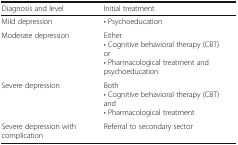
<table><thead><tr><td><b>Diagnosis and level</b></td><td><b>Initial treatment</b></td></tr></thead><tbody><tr><td>Mild depression</td><td>• Psychoeducation</td></tr><tr><td>Moderate depression</td><td>Either• Cognitive behavioral therapy (CBT)or• Pharmacological treatment and psychoeducation</td></tr><tr><td>Severe depression</td><td>Both• Cognitive behavioral therapy (CBT)and• Pharmacological treatment</td></tr><tr><td>Severe depression with complication</td><td>Referral to secondary sector</td></tr></tbody></table>